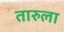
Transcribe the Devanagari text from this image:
तारुला